画像に写った文字を読んでください
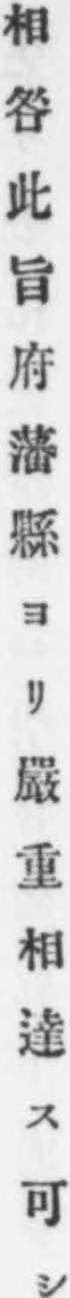
「相咎此旨府藩縣ヨリ嚴重相達ス可シ」と書いてあります